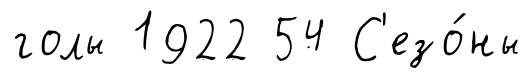
голы 1922 54 С'езо́ны